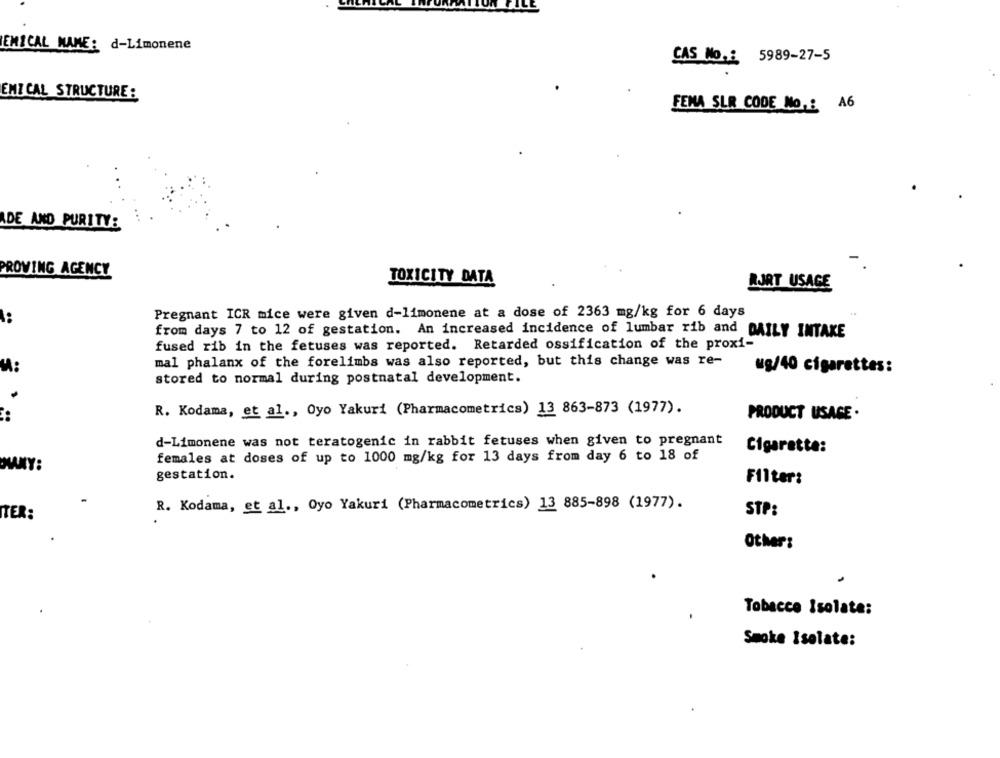
EMICAL NAME: d-Limonene
CAS No .: 5989-27-5
EMI CAL STRUCTURE:
FEMA SLR CODE No .: A6
DE AND PURITY:
PROVING AGENCY
TOXICITY DATA
RJRT USAGE
Pregnant ICR mice were given d-limonene at a dose of 2363 mg/kg for 6 days
..
from days 7 to 12 of gestation. An increased incidence of lumbar rib and DAILY INTAKE
fused rib in the fetuses was reported. Retarded ossification of the proxi-
mal phalanx of the forelimbs was also reported, but this change was re-
ug/40 cigarettes:
stored to normal during postnatal development.
R. Kodama, et al ., Oyo Yakuri (Pharmacometrics) 13 863-873 (1977).
PRODUCT USAGE .
d-Limonene was not teratogenic in rabbit fetuses when given to pregnant
Cigarette:
females at doses of up to 1000 mg/kg for 13 days from day 6 to 18 of
MANY:
gestation.
Filter:
R. Kodama, et al ., Oyo Yakuri (Pharmacometrics) 13 885-898 (1977).
STP:
ITER:
Other:
Tobacco Isolate:
Smoke Isolate: